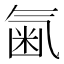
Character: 𣱥